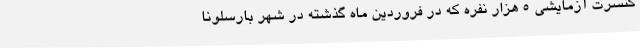
کنسرت آزمایشی 5 هزار نفره که در فروردین ماه گذشته در شهر بارسلونا